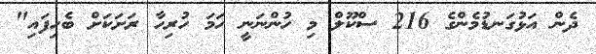
ދެން އަޅުގަނޑުމެންގެ 216 ސްކޫލް މި ހުންނަނީ ހަމަ ހުރިހާ ރަށަކަށް ބެހިފައި"